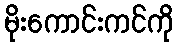
မိုးကောင်းကင်ကို